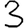
Digit: 3